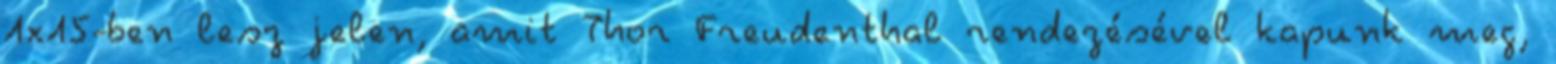
1×15-ben lesz jelen, amit Thor Freudenthal rendezésével kapunk meg,